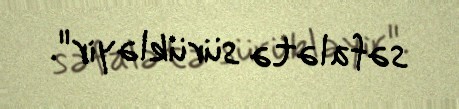
səfalətə sürükləyir".